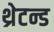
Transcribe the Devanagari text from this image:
थ्रेटन्ड